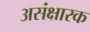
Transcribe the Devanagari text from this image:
असंक्षारक